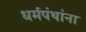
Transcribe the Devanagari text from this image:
धर्मपंथांना